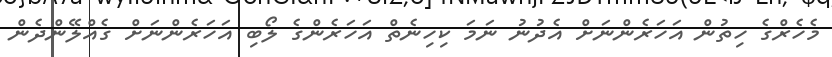
މެހެރްގެ ހިތުން އަހަރެންނަށް އެދުނު ނަމަ ކިހިނެތް އަހަރެންގެ ލޯބި އަހަރެންނަށް ގެއްލޭންދެން